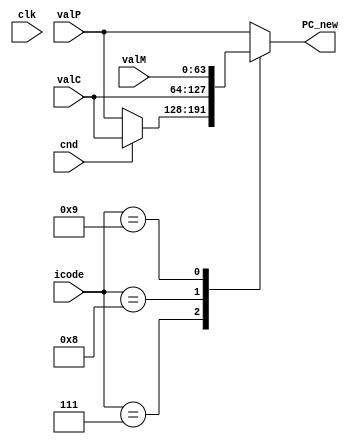
module pc_update(clk, icode, cnd, valC, valM, valP, PC_new);

input cnd;
input clk;
input [3:0] icode;
input [63:0] valC, valM, valP;

output reg [63:0] PC_new;

always@(*)
    begin
        case(icode)
        // jXX instruction
        4'b0111:
        begin
            if(cnd)
                PC_new = valC;
            else
                PC_new = valP;
        end

        // call
        4'b1000:begin PC_new = valC; end
        
        // ret
        4'b1001: begin PC_new = valM; end

        // by default we use valP
        default: begin PC_new = valP; end
        endcase
    end

endmodule